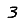
Digit: 3